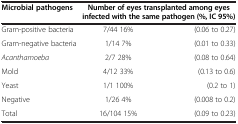
<table><thead><tr><td><b>Microbial pathogens</b></td><td colspan="2"><b>Number of eyes transplanted among eyes infected with the same pathogen (%, IC 95%)</b></td></tr></thead><tbody><tr><td>Gram-positive bacteria</td><td>7/44 16% </td><td>(0.06 to 0.27)</td></tr><tr><td>Gram-negative bacteria</td><td>1/14 7% </td><td>(0.01 to 0.33)</td></tr><tr><td><i>Acanthamoeba</i></td><td>2/7 28% </td><td>(0.08 to 0.64)</td></tr><tr><td>Mold</td><td>4/12 33% </td><td>(0.13 to 0.6)</td></tr><tr><td>Yeast</td><td>1/1 100% </td><td>(0.2 to 1)</td></tr><tr><td>Negative</td><td>1/26 4% </td><td>(0.008 to 0.2)</td></tr><tr><td>Total</td><td>16/104 15% </td><td>(0.09 to 0.23)</td></tr></tbody></table>